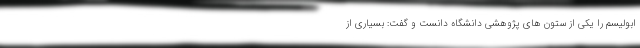
ابولیسم را یکی از ستون های پژوهشی دانشگاه دانست و گفت: بسیاری از